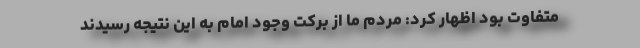
متفاوت بود اظهار کرد: مردم ما از برکت وجود امام به این نتیجه رسیدند